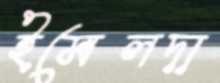
ইমেলদা